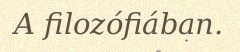
A filozófiában.